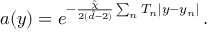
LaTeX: a ( y ) = e ^ { - \frac { \hat { \chi } } { 2 ( \hat { d } - 2 ) } \sum _ { n } T _ { n } | y - y _ { n } | } \, .